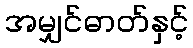
အမျှင်ဓာတ်နှင့်